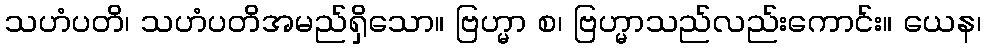
သဟံပတိ၊ သဟံပတိအမည်ရှိသော။ ဗြဟ္မာ စ၊ ဗြဟ္မာသည်လည်းကောင်း။ ယေန၊